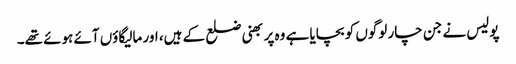
پولیس نے جن چار لوگوں کو بچایا ہے وہ پربھنی ضلع کے ہیں، اور مالیگاؤں آئے ہوئے تھے۔